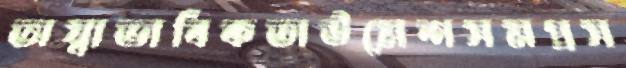
অস্বাভাবিকতাউমেশসমপ্রস